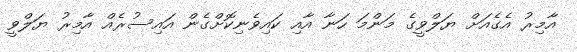
އާމިރު އެގެއަށް ޔަލްވީގެ މަންމަ ހަނާ އާއި ކައިވެނިކޮށްގެން އައިސުރެއް އާމިރު ޔަލްވީ